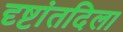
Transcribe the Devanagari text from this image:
दृष्टांतदिला